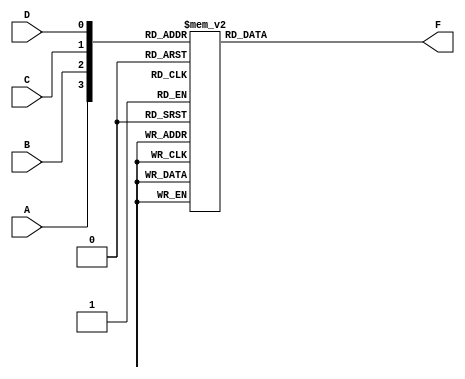
module four_variable_kmap (
    input wire A,  // Input variable A
    input wire B,  // Input variable B
    input wire C,  // Input variable C
    input wire D,  // Input variable D
    output reg F   // Output function F
);

// Combinational logic for K-map simplification
always @(*) begin
    case ({A, B, C, D})
        4'b0000: F = 0; // Entry for A=0, B=0, C=0, D=0
        4'b0001: F = 1; // Entry for A=0, B=0, C=0, D=1
        4'b0010: F = 1; // Entry for A=0, B=0, C=1, D=0
        4'b0011: F = 1; // Entry for A=0, B=0, C=1, D=1
        4'b0100: F = 0; // Entry for A=0, B=1, C=0, D=0
        4'b0101: F = 1; // Entry for A=0, B=1, C=0, D=1
        4'b0110: F = 1; // Entry for A=0, B=1, C=1, D=0
        4'b0111: F = 1; // Entry for A=0, B=1, C=1, D=1
        4'b1000: F = 1; // Entry for A=1, B=0, C=0, D=0
        4'b1001: F = 1; // Entry for A=1, B=0, C=0, D=1
        4'b1010: F = 1; // Entry for A=1, B=0, C=1, D=0
        4'b1011: F = 0; // Entry for A=1, B=0, C=1, D=1
        4'b1100: F = 1; // Entry for A=1, B=1, C=0, D=0
        4'b1101: F = 1; // Entry for A=1, B=1, C=0, D=1
        4'b1110: F = 1; // Entry for A=1, B=1, C=1, D=0
        4'b1111: F = 0; // Entry for A=1, B=1, C=1, D=1
        default: F = 0; // Default case
    endcase
end

endmodule